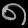
Digit: ၈